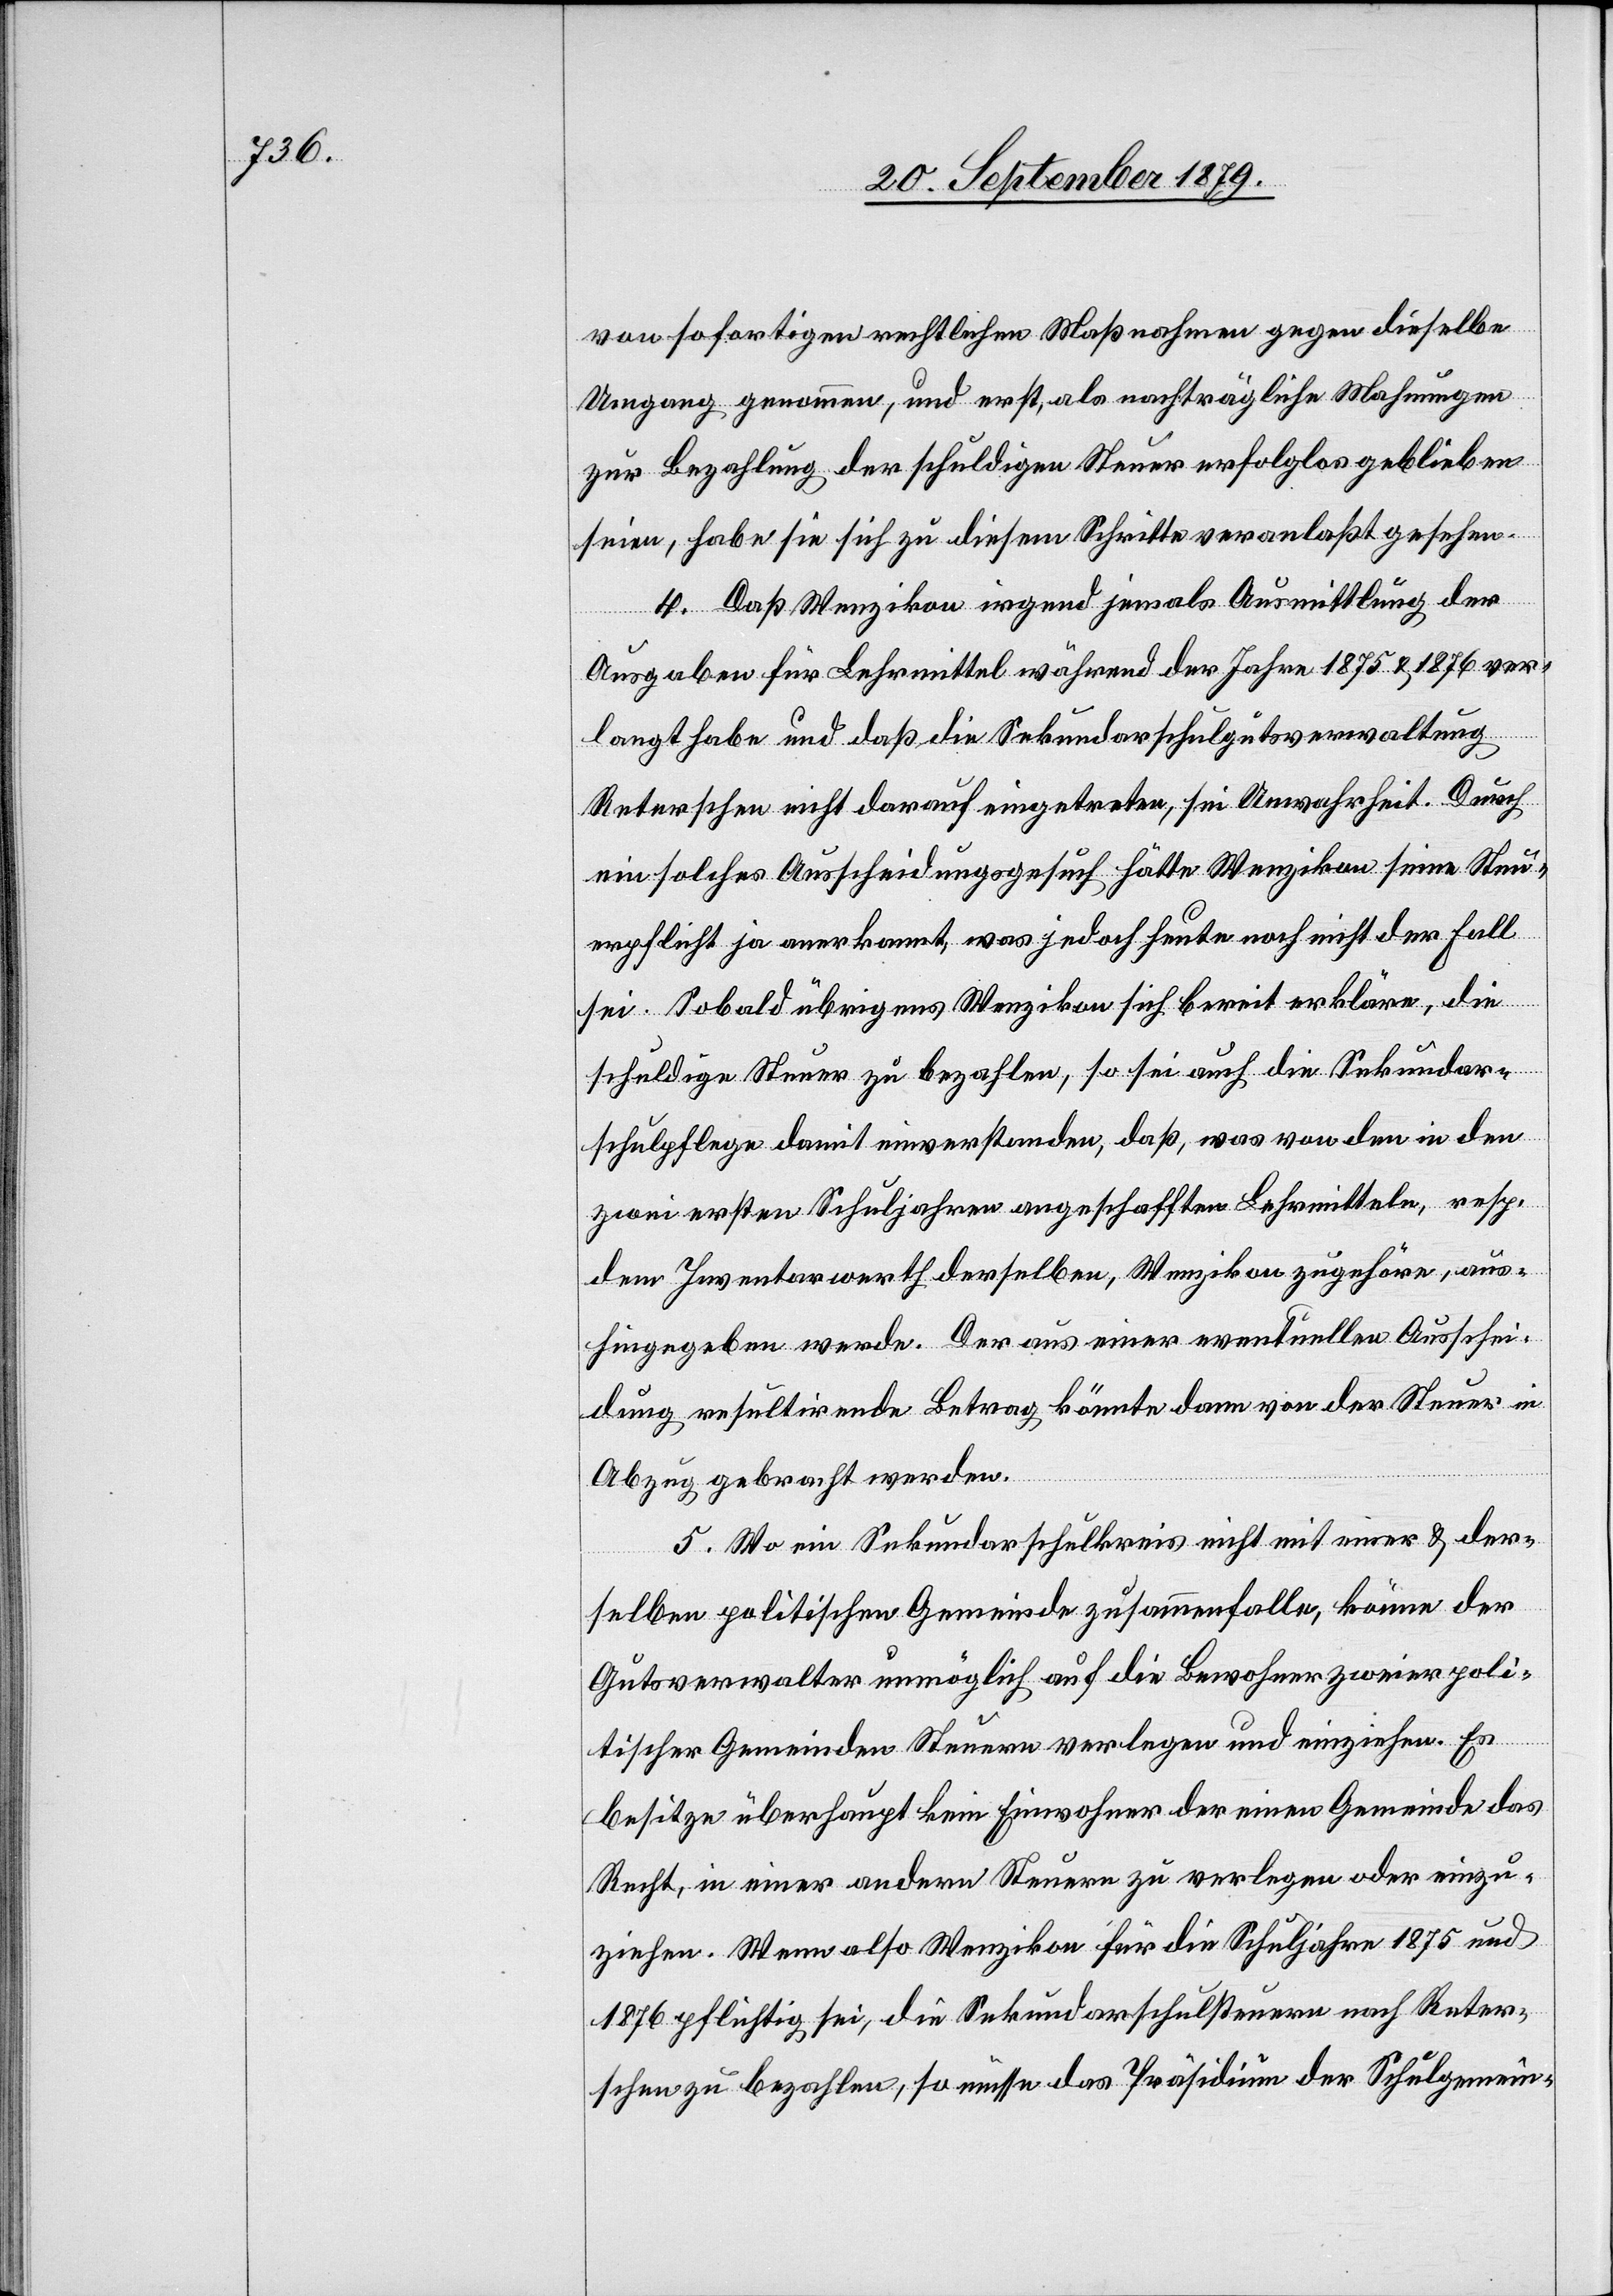
von sofortigen rechtlichen Maßnahmen gegen dieselbe
Umgang genommen, und erst, als nachträgliche Mahnungen
zur Bezahlung der schuldigen Steuer erfolglos geblieben
seien, habe sie sich zu diesem Schritte veranlaßt gesehen.
4. Daß Wenzikon irgend jemals Ausmittlung der
Ausgaben für Lehrmittel während der Jahre 1875 & 1876 ver¬
langt habe und daß die Sekundarschulgutsverwaltung
Reterschen nicht darauf eingetreten, sei Unwahrheit. Durch
ein solches Ausscheidungsgesuch hätte Wenzikon seine Steu¬
erpflicht ja anerkannt, was jedoch heute noch nicht der Fall
sei. Sobald übrigens Wenzikon sich bereit erkläre, die
schuldige Steuer zu bezahlen, so sei auch die Sekundar¬
schulpflege damit einverstanden, daß was von den in den
zwei ersten Schuljahren angeschafften Lehrmitteln, resp.
dem Inventarwerth derselben, Wenzikon zugehöre, aus¬
hingegeben werde. Der aus einer eventuellen Ausschei¬
dung resultirende Betrag könnte dann von der Steuer in
Abzug gebracht werden.
5. Wo ein Sekundarschulkreis nicht mit einer & der¬
selben politischen Gemeinde zusammenfalle, könne der
Gutsverwalter unmöglich auf die Bewahrer zweier poli¬
tischer Gemeinden Steuern verlegen und einziehen. Es
besitze überhaupt kein Einwohner der einen Gemeinde das
Recht, in einer andern Steuern zu verlegen oder einzu¬
ziehen. Wenn also Wenzikon für die Schuljahre 1875 und
1876 pflichtig sei, die Sekundarschulsteuern nach Reter¬
schen zu bezahlen, so müsse das Präsidium der Schulgemein-